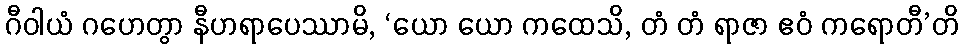
ဂီဝါယံ ဂဟေတွာ နီဟရာပေဿာမိ, ‘ယော ယော ကထေသိ, တံ တံ ရာဇာ ဧဝံ ကရောတီ’တိ